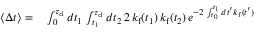
\begin{array} { r l } { \langle \Delta t \rangle = } & { { } \int _ { 0 } ^ { \tau _ { \mathrm { d } } } d t _ { 1 } \, \int _ { t _ { 1 } } ^ { \tau _ { \mathrm { d } } } d t _ { 2 } \, 2 \, k _ { \mathrm { f } } ( t _ { 1 } ) \, k _ { \mathrm { f } } ( t _ { 2 } ) \, e ^ { - 2 \, \int _ { t _ { 0 } } ^ { t _ { 1 } } d t ^ { \prime } k _ { \mathrm { f } } ( t ^ { \prime } ) } } \end{array}